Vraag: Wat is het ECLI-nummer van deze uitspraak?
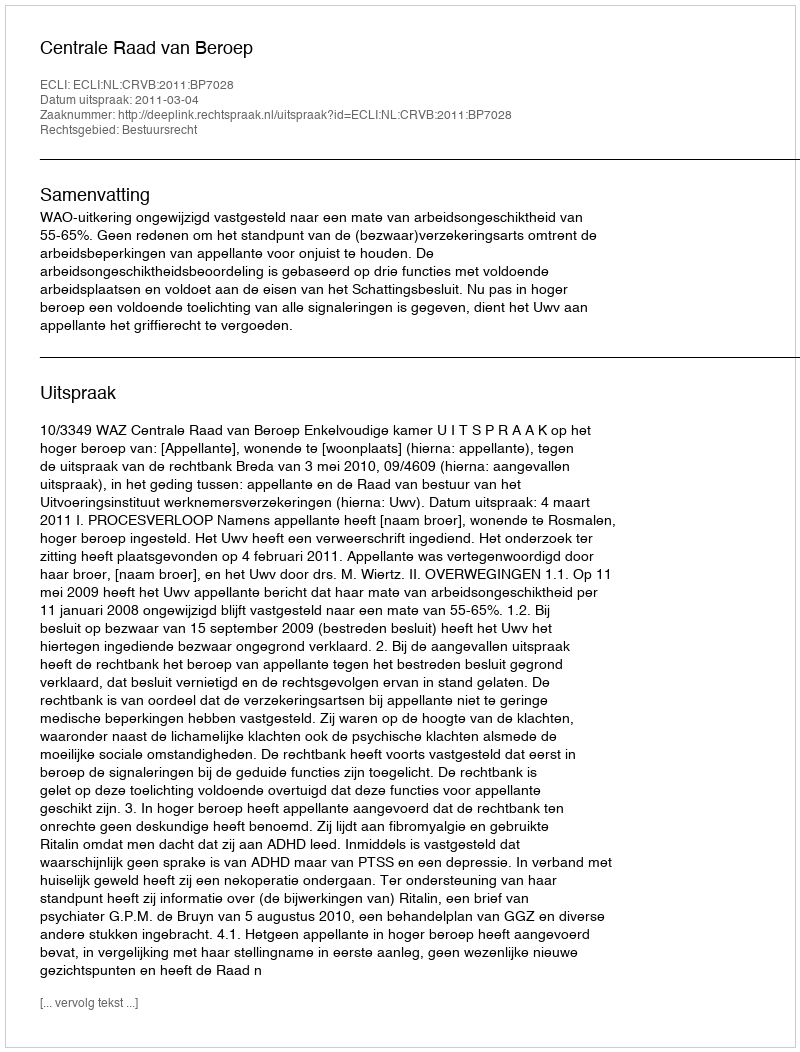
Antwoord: ECLI:NL:CRVB:2011:BP7028